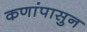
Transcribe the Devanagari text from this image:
कणांपासुन